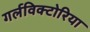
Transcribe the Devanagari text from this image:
गर्लविक्टोरिया